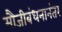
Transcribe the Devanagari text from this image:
मौजीबंधनानंतर